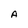
Character: A